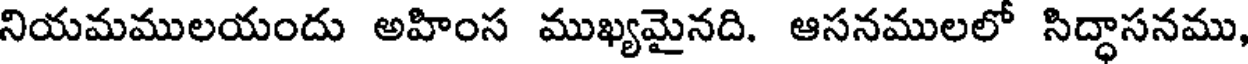
నియమములయందు అహింస ముఖ్యమైనది. ఆసనములలో సిద్ధాసనము,